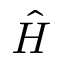
\hat { H }